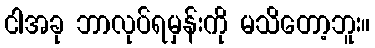
ငါအခု ဘာလုပ်ရမှန်းကို မသိတော့ဘူး။